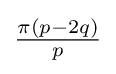
{\tfrac {\pi (p-2q)}{p}}